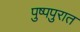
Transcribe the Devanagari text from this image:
पुष्पपुरात